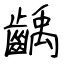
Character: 齲